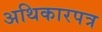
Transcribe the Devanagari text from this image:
अथिकारपत्र